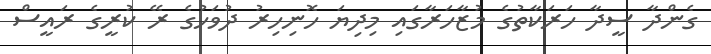
ގެންދާ ސީދާ ހަރަކާތުގެ މުޒާހަރާގައި މިދިޔަ ހޮނިހިރު ދުވަހުގެ ރޭ ކުރީގެ ރައީސް